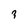
Character: 3